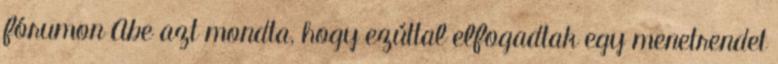
fórumon Abe azt mondta, hogy ezúttal elfogadtak egy menetrendet